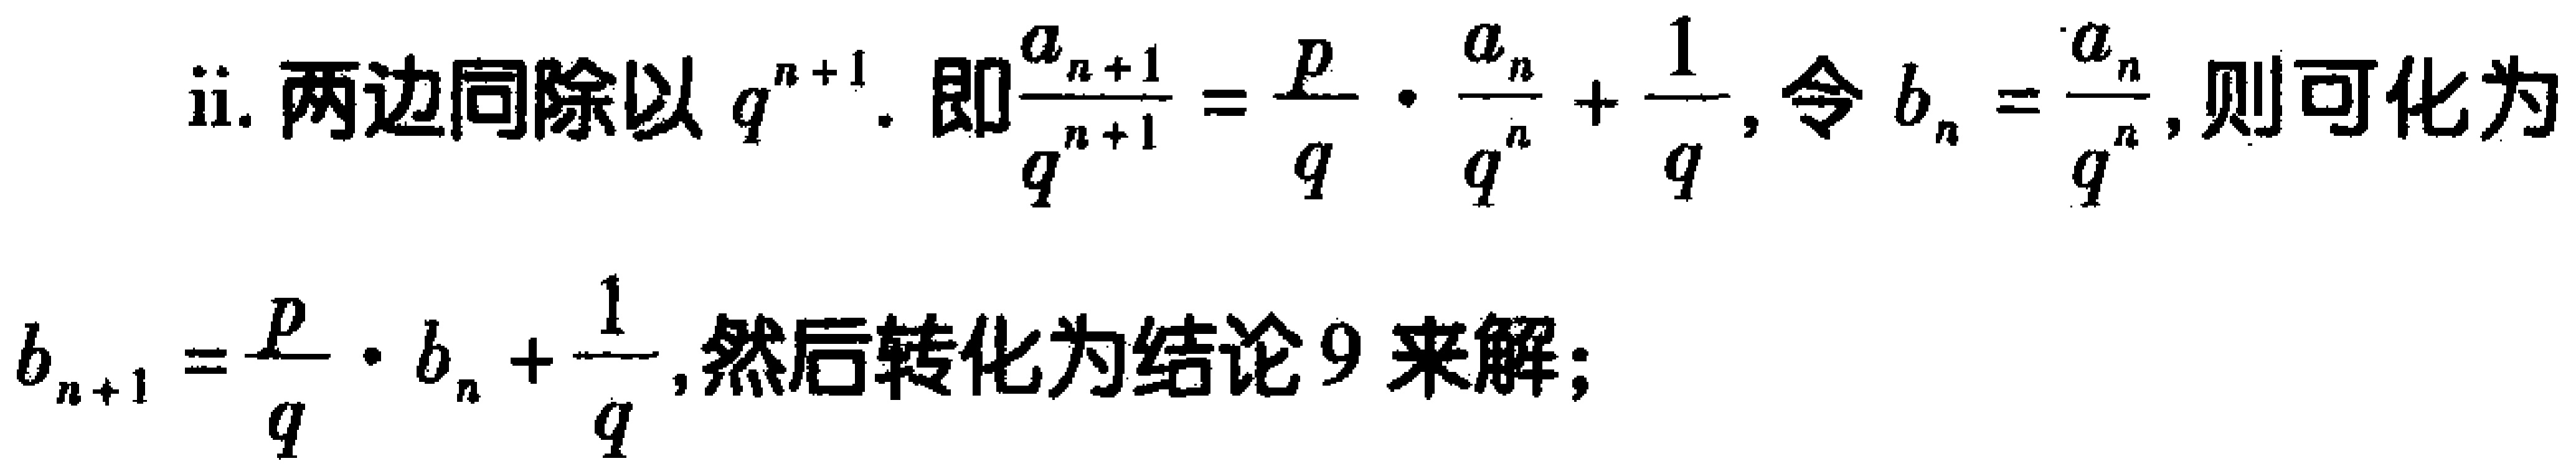
ii. 两边同除以 \(q^{n + 1}\). 即\(\frac{a_{n + 1}}{q^{n + 1}} = \frac{p}{q} \cdot \frac{a_{n}}{q^{n}} + \frac{1}{q}\), 令 \(b_{n} = \frac{a_{n}}{q^{n}}\), 则可化为\(b_{n + 1} = \frac{p}{q} \cdot b_{n} + \frac{1}{q}\), 然后转化为结论9来解;